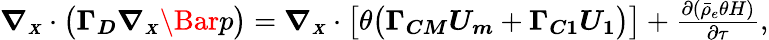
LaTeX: \begin{array}{r}{{\boldsymbol{\nabla_{\scriptscriptstyle X}}\cdot\bigl(\boldsymbol{\Gamma_{D}}\boldsymbol{\nabla_{\scriptscriptstyle X}}\Bar{p}\bigr)}=\boldsymbol{\nabla_{\scriptscriptstyle X}}\cdot\bigl[\theta\bigl(\boldsymbol{\Gamma_{CM}}\boldsymbol{U_{m}}+\boldsymbol{\Gamma_{C1}}\boldsymbol{U_{1}}\bigr)\bigr]+{\frac{\partial\left(\bar{\rho}_{e}\theta H\right)}{\partial\tau}},}\end{array}